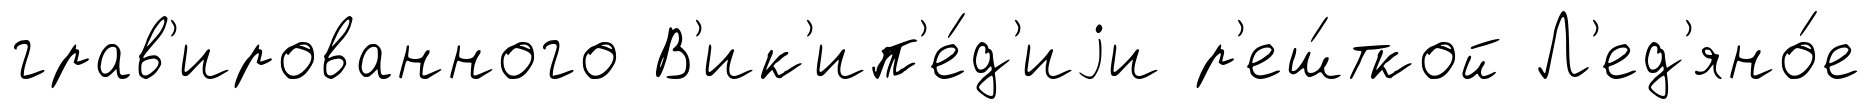
грав'ированного В'ик'ип'е́д'иjи р'еш́ткой Л'ед'яно́е